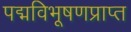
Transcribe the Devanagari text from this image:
पद्मविभूषणप्राप्त